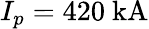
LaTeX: I_{p}=420~\mathrm{kA}